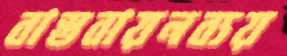
বাস্তবায়নব্যয়